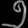
Digit: ၅